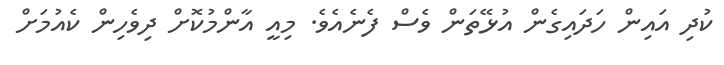
ކުދި އައިން ހަދައިގެން އުޅޭތަން ވެސް ފެނެއެވެ. މިއީ އާންމުކޮށް ދިވެހިން ކެއުމަށް